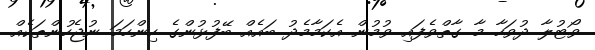
ވޯޓުލާ ދުވަހާ މާ ގާތްވެފައި ވުމުން އެކަމާމެދު ބައެއް ބޭފުޅުންގެ ހިންހަމަ ނުޖެހުންތަކެއް